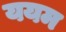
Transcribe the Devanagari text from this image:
ययम